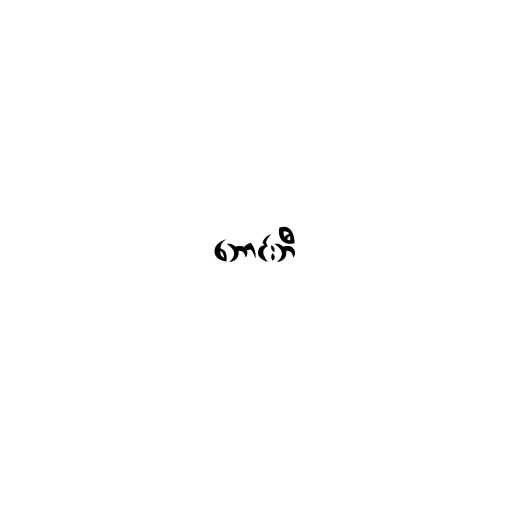
ဘောင်းဘီ